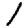
Digit: 1